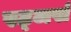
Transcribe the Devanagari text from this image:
रट्जर्स